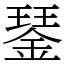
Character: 𨨖